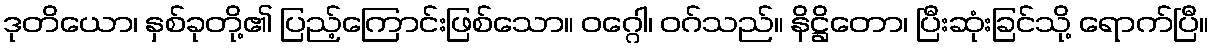
ဒုတိယော၊ နှစ်ခုတို့၏ ပြည့်ကြောင်းဖြစ်သော။ ဝဂ္ဂေါ၊ ဝဂ်သည်။ နိဋ္ဌိတော၊ ပြီးဆုံးခြင်သို့ ရောက်ပြီ။